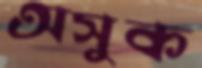
অসুক